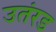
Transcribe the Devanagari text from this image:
उतंरड